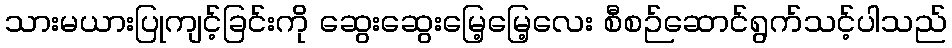
သားမယားပြုကျင့်ခြင်းကို ဆွေးဆွေးမြေ့မြေ့လေး စီစဉ်ဆောင်ရွက်သင့်ပါသည်